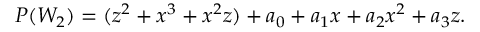
P ( W _ { 2 } ) = ( z ^ { 2 } + x ^ { 3 } + x ^ { 2 } z ) + a _ { 0 } + a _ { 1 } x + a _ { 2 } x ^ { 2 } + a _ { 3 } z .